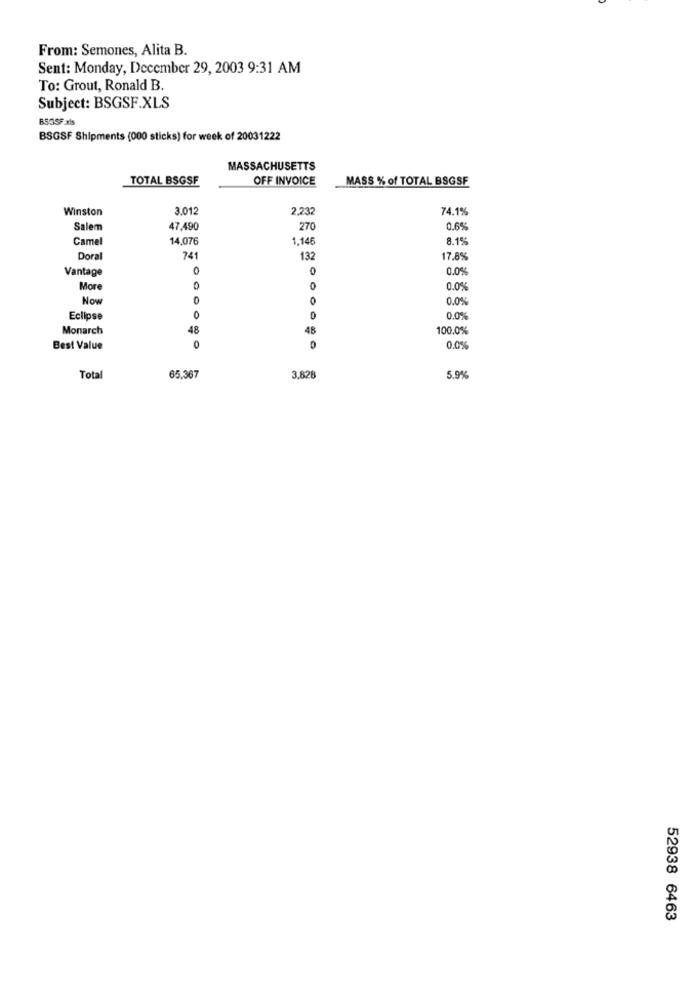
From: Semones, Alita B.
Sent: Monday, December 29, 2003 9:31 AM
To: Grout, Ronald B.
Subject: BSGSF.XLS
B53SF xls
BSGSF Shipments (000 sticks) for week of 20031222
MASSACHUSETTS
TOTAL BSGSF
OFF INVOICE
MASS % of TOTAL BSGSF
Winston
3.012
2,232
74.1%
Salem
47,490
270
0.65
Camel
14,076
1,14€
8.15
Doral
741
132
17,8%
Vantage
0
0.0%
More
0
0
0.0%
Now
0
0
0.05
Eclipse
0
0.0%
Monarch
48
48
100.0%
Best Value
0
0.0%
Total
65,367
3,828
5.9%
52938 6463